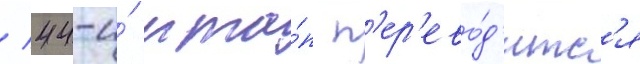
/ 44-и́ мта́п п'ер'ево́д'итс'я